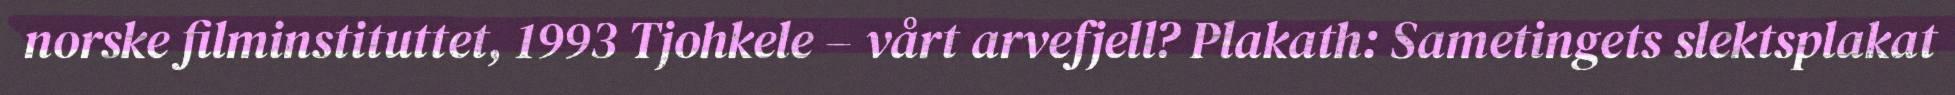
norske filminstituttet, 1993 Tjohkele – vårt arvefjell? Plakath: Sametingets slektsplakat